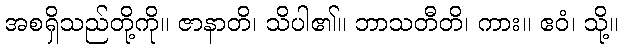
အစရှိသည်တို့ကို။ ဇာနာတိ၊ သိပါ၏။ ဘာသတီတိ၊ ကား။ ဧဝံ၊ သို့။